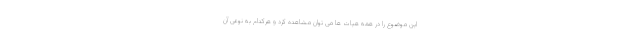
این موضوع را در همه هیات ها می توان مشاهده کرد و هرکدام به نوعی آن